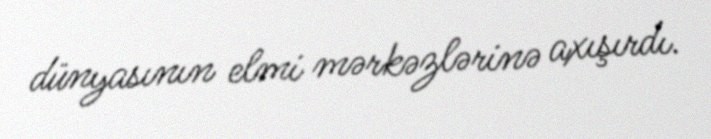
dünyasının elmi mərkəzlərinə axışırdı.